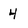
Character: 4